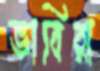
ভাবিরা